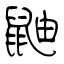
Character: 鼬